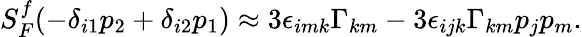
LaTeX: \begin{array}{r}{S_{F}^{f}(-\delta_{i1}p_{2}+\delta_{i2}p_{1})\approx 3\epsilon_{imk}\Gamma_{km}-3\epsilon_{ijk}\Gamma_{km}p_{j}p_{m}.}\end{array}